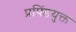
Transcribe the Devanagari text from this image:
प्रपिंडयुक्त